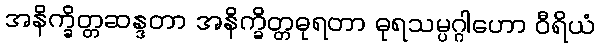
အနိက္ခိတ္တဆန္ဒတာ အနိက္ခိတ္တဓုရတာ ဓုရသမ္ပဂ္ဂါဟော ဝီရိယံ